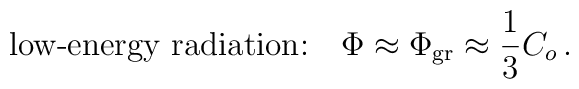
\mbox{low-energy radiation:}~~~\Phi\approx\Phi_{\rm gr}\approx{1\over3}C_o\,.